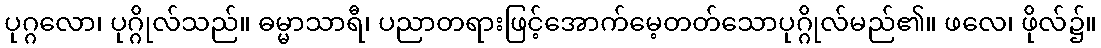
ပုဂ္ဂလော၊ ပုဂ္ဂိုလ်သည်။ ဓမ္မာသာရီ၊ ပညာတရားဖြင့်အောက်မေ့တတ်သောပုဂ္ဂိုလ်မည်၏။ ဖလေ၊ ဖိုလ်၌။